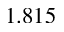
1 . 8 1 5